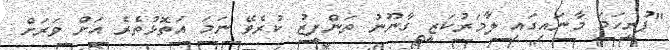
"ފުރިހަމަ މާނައިގައި ލާމަރުކަޒީ ގާނޫނު ތަންފީޒު ކުރެވޭ ނަމަ އަތޮޅުތެރެ އަށް ވަރަށް